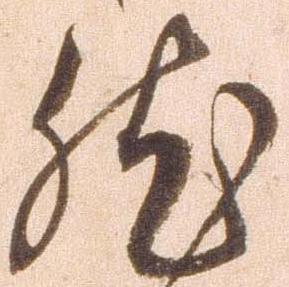
然